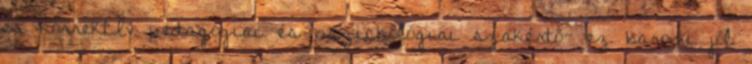
és korrektÍv pedagógiai és pszichológiai szakértő- ez baromi jól